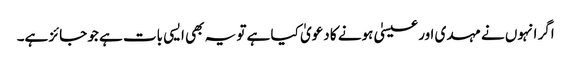
اگر انہوں نے مہدی اور عیسیٰ ہونے کا دعویٰ کیا ہے تو یہ بھی ایسی بات ہے جو جائز ہے۔